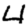
Digit: 4